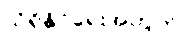
သိရှိနိုင်ရေးအတွက်